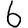
Digit: 6